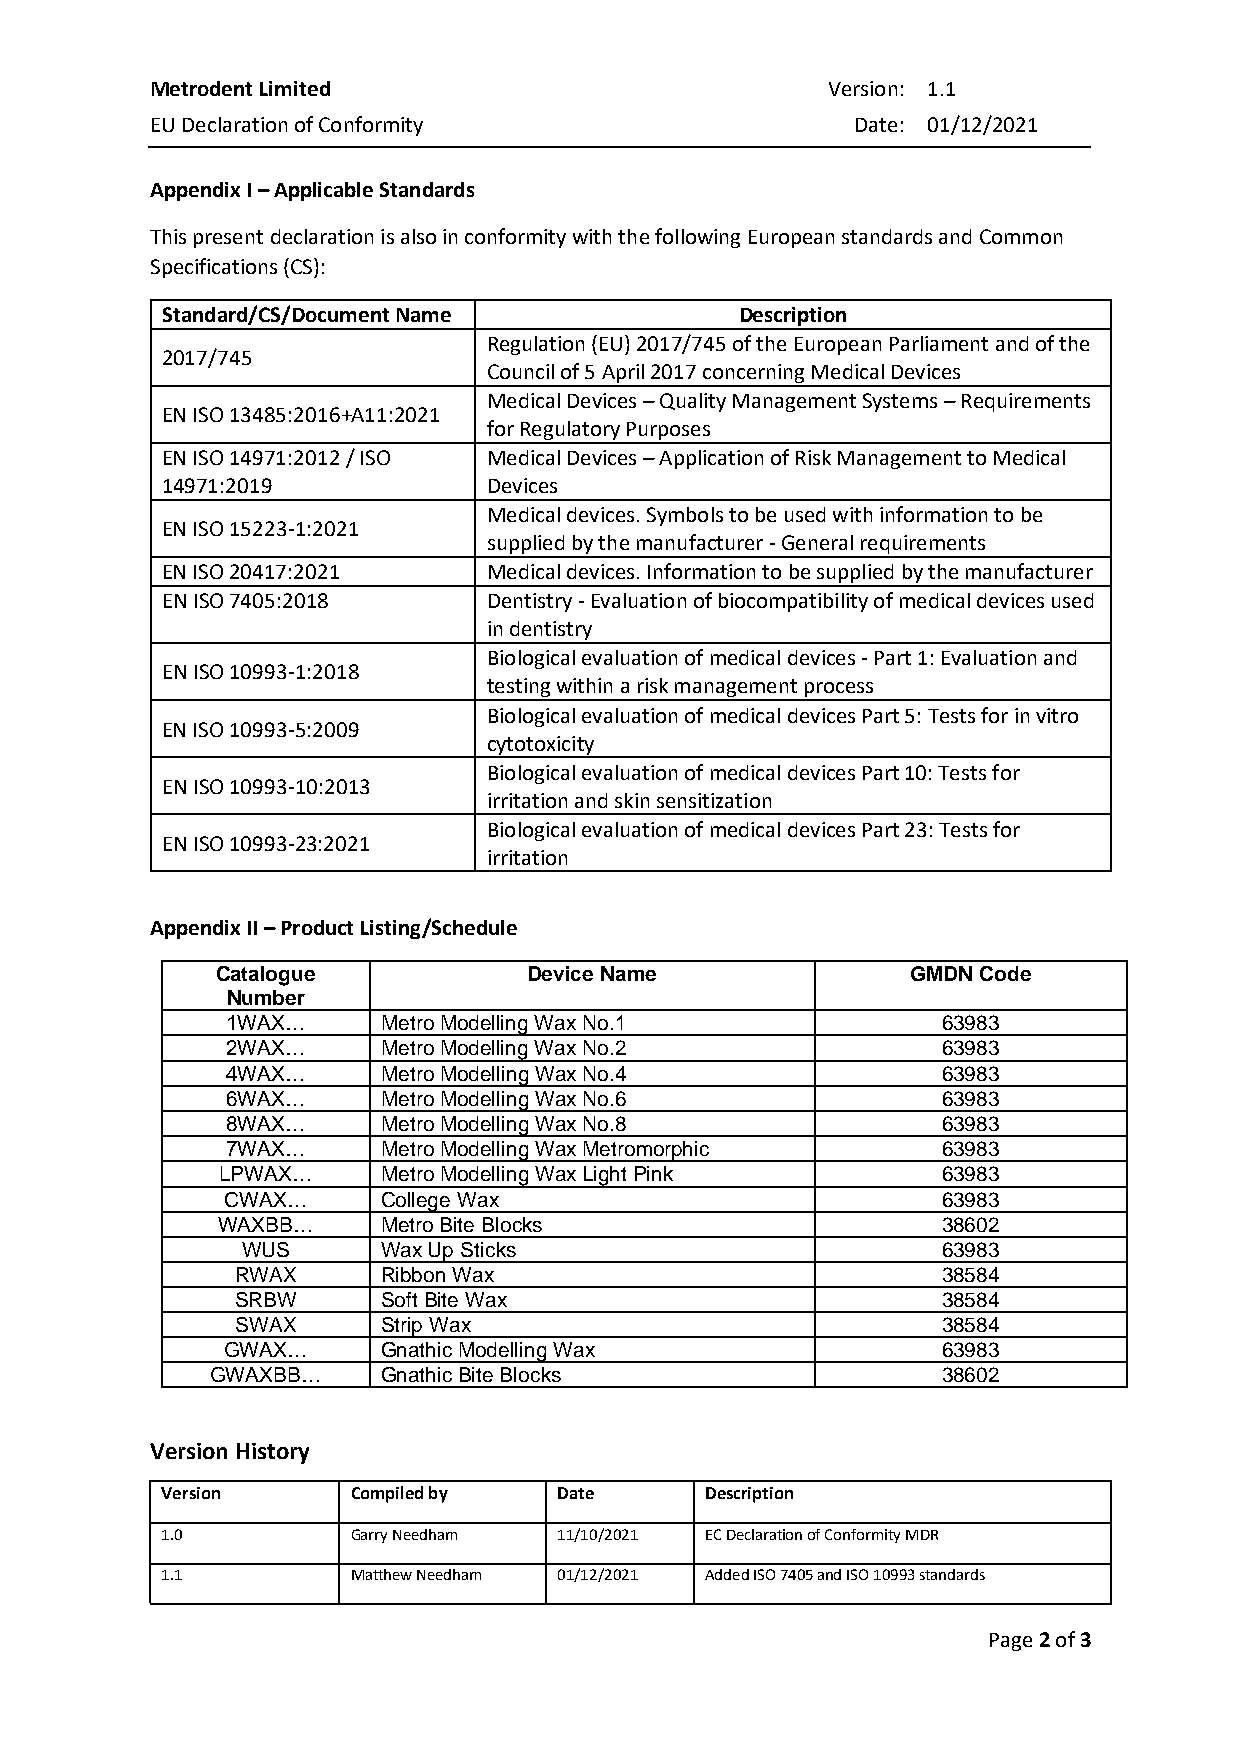
Metrodent Limited                            Version: 1.1
 EU Declaration of Conformity                   Date: 01/12/2021
 Appendix I – Applicable Standards
 This present declaration is also in conformity with the following European standards and Common
 Specifications (CS):
 Standard/CS/Document Name             Description
 Regulation (EU) 2017/745 of the European Parliament and of the
 2017/745
 Council of 5 April 2017 concerning Medical Devices
 Medical Devices – Quality Management Systems – Requirements
 EN ISO 13485:2016+A11:2021
 for Regulatory Purposes
 EN ISO 14971:2012 / ISO Medical Devices – Application of Risk Management to Medical
 14971:2019           Devices
 Medical devices. Symbols to be used with information to be
 EN ISO 15223-1:2021
 supplied by the manufacturer - General requirements
 EN ISO 20417:2021    Medical devices. Information to be supplied by the manufacturer
 EN ISO 7405:2018     Dentistry - Evaluation of biocompatibility of medical devices used
 in dentistry
 Biological evaluation of medical devices - Part 1: Evaluation and
 EN ISO 10993-1:2018
 testing within a risk management process
 Biological evaluation of medical devices Part 5: Tests for in vitro
 EN ISO 10993-5:2009
 cytotoxicity
 Biological evaluation of medical devices Part 10: Tests for
 EN ISO 10993-10:2013
 irritation and skin sensitization
 Biological evaluation of medical devices Part 23: Tests for
 EN ISO 10993-23:2021
 irritation
 Appendix II – Product Listing/Schedule
 Catalogue            Device Name              GMDN Code
 Number
 1WAX…     Metro Modelling Wax No.1             63983
 2WAX…     Metro Modelling Wax No.2             63983
 4WAX…     Metro Modelling Wax No.4             63983
 6WAX…     Metro Modelling Wax No.6             63983
 8WAX…     Metro Modelling Wax No.8             63983
 7WAX…     Metro Modelling Wax Metromorphic     63983
 LPWAX…    Metro Modelling Wax Light Pink       63983
 CWAX…     College Wax                          63983
 WAXBB…     Metro Bite Blocks                    38602
 WUS      Wax Up Sticks                        63983
 RWAX     Ribbon Wax                           38584
 SRBW     Soft Bite Wax                        38584
 SWAX     Strip Wax                            38584
 GWAX…     Gnathic Modelling Wax                63983
 GWAXBB…    Gnathic Bite Blocks                  38602
 Version History
 Version     Compiled by   Date      Description
 1.0         Garry Needham 11/10/2021 EC Declaration of Conformity MDR
 1.1         Matthew Needham 01/12/2021 Added ISO 7405 and ISO 10993 standards
 Page 2 of 3